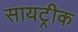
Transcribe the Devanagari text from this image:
सायट्रीक